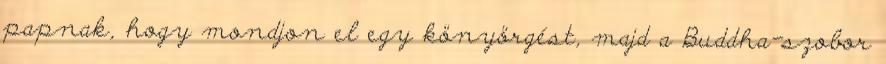
papnak, hogy mondjon el egy könyörgést, majd a Buddha-szobor